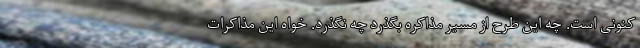
کنونی است. چه این طرح از مسیر مذاکره بگذرد چه نگذرد. خواه این مذاکرات